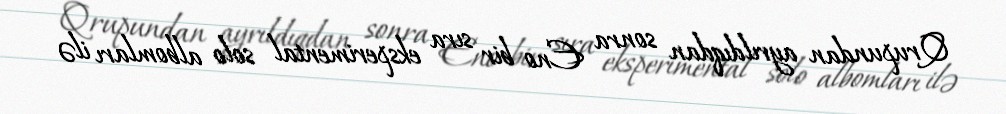
Qrupundan ayrıldıqdan sonra Eno bir sıra eksperimental solo albomları ilə